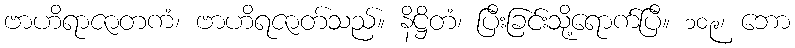
ဗာဟိရာဇာတကံ၊ ဗာဟိရဇာတ်သည်။ နိဋ္ဌိတံ၊ ပြီးခြင်းသို့ရောက်ပြီ။ ၁၀၉၊ ဘော